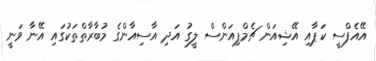
އޭއެފްސީ ކަޕާއި އޭޝިއަން ޗެމްޕިއަންސް ލީގު އަދި އާސިއާންގެ މުބާރާތްތަކުގައި އޭނާ ވަނީ